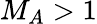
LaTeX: M_{A}>1